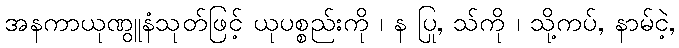
အနကာယုဏွူနံသုတ်ဖြင့် ယုပစ္စည်းကို ၊ န ပြု, သ်ကို ၊ သို့ကပ်, နာမ်ငဲ့,